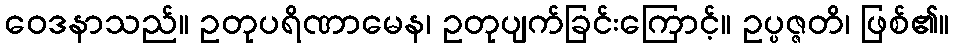
ဝေဒနာသည်။ ဥတုပရိဏာမေန၊ ဥတုပျက်ခြင်းကြောင့်။ ဥပ္ပဇ္ဇတိ၊ ဖြစ်၏။